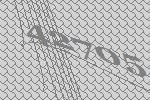
42705